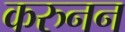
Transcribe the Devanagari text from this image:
करुनन